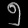
Digit: ၅